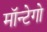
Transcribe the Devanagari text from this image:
मॉन्टेगो